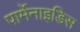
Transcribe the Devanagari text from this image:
पार्मेनाइडिस